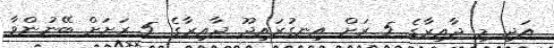
އަދި މި ދާއިރާގެ 5 ރަށް އިނގުރައިދޫ ދާއިރާގެ 5 ރަށަށް ބޭނުންވާ